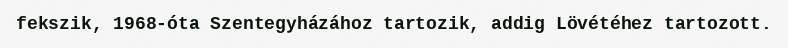
fekszik, 1968-óta Szentegyházához tartozik, addig Lövétéhez tartozott.